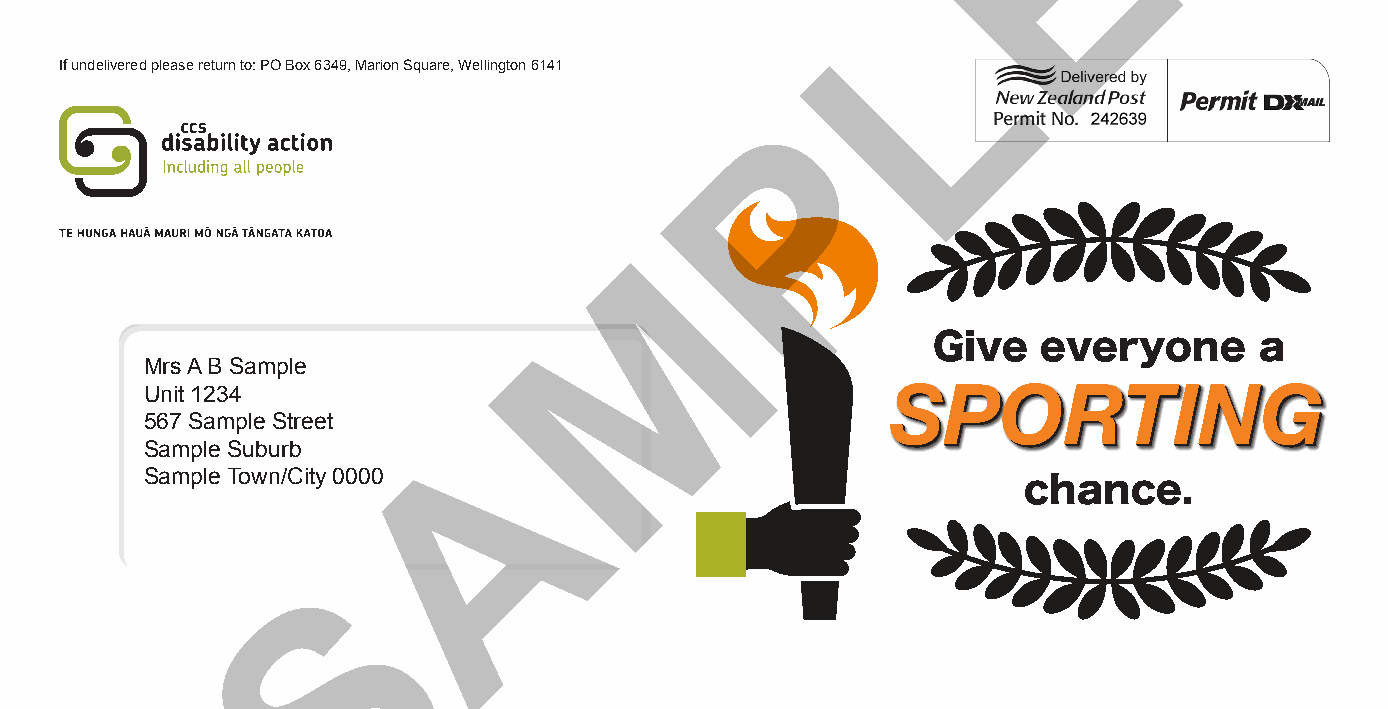
E
 L
 If undelivered please return to: PO Box 6349, Marion Square, Wellington 6141
 P
 M
 Give   everyone      a
 Mrs A B Sample
 Unit 1234
 A                            SSPPOORRTTIINNGG
 567 Sample Street
 Sample Suburb
 Sample Town/City 0000
 chance.
 S